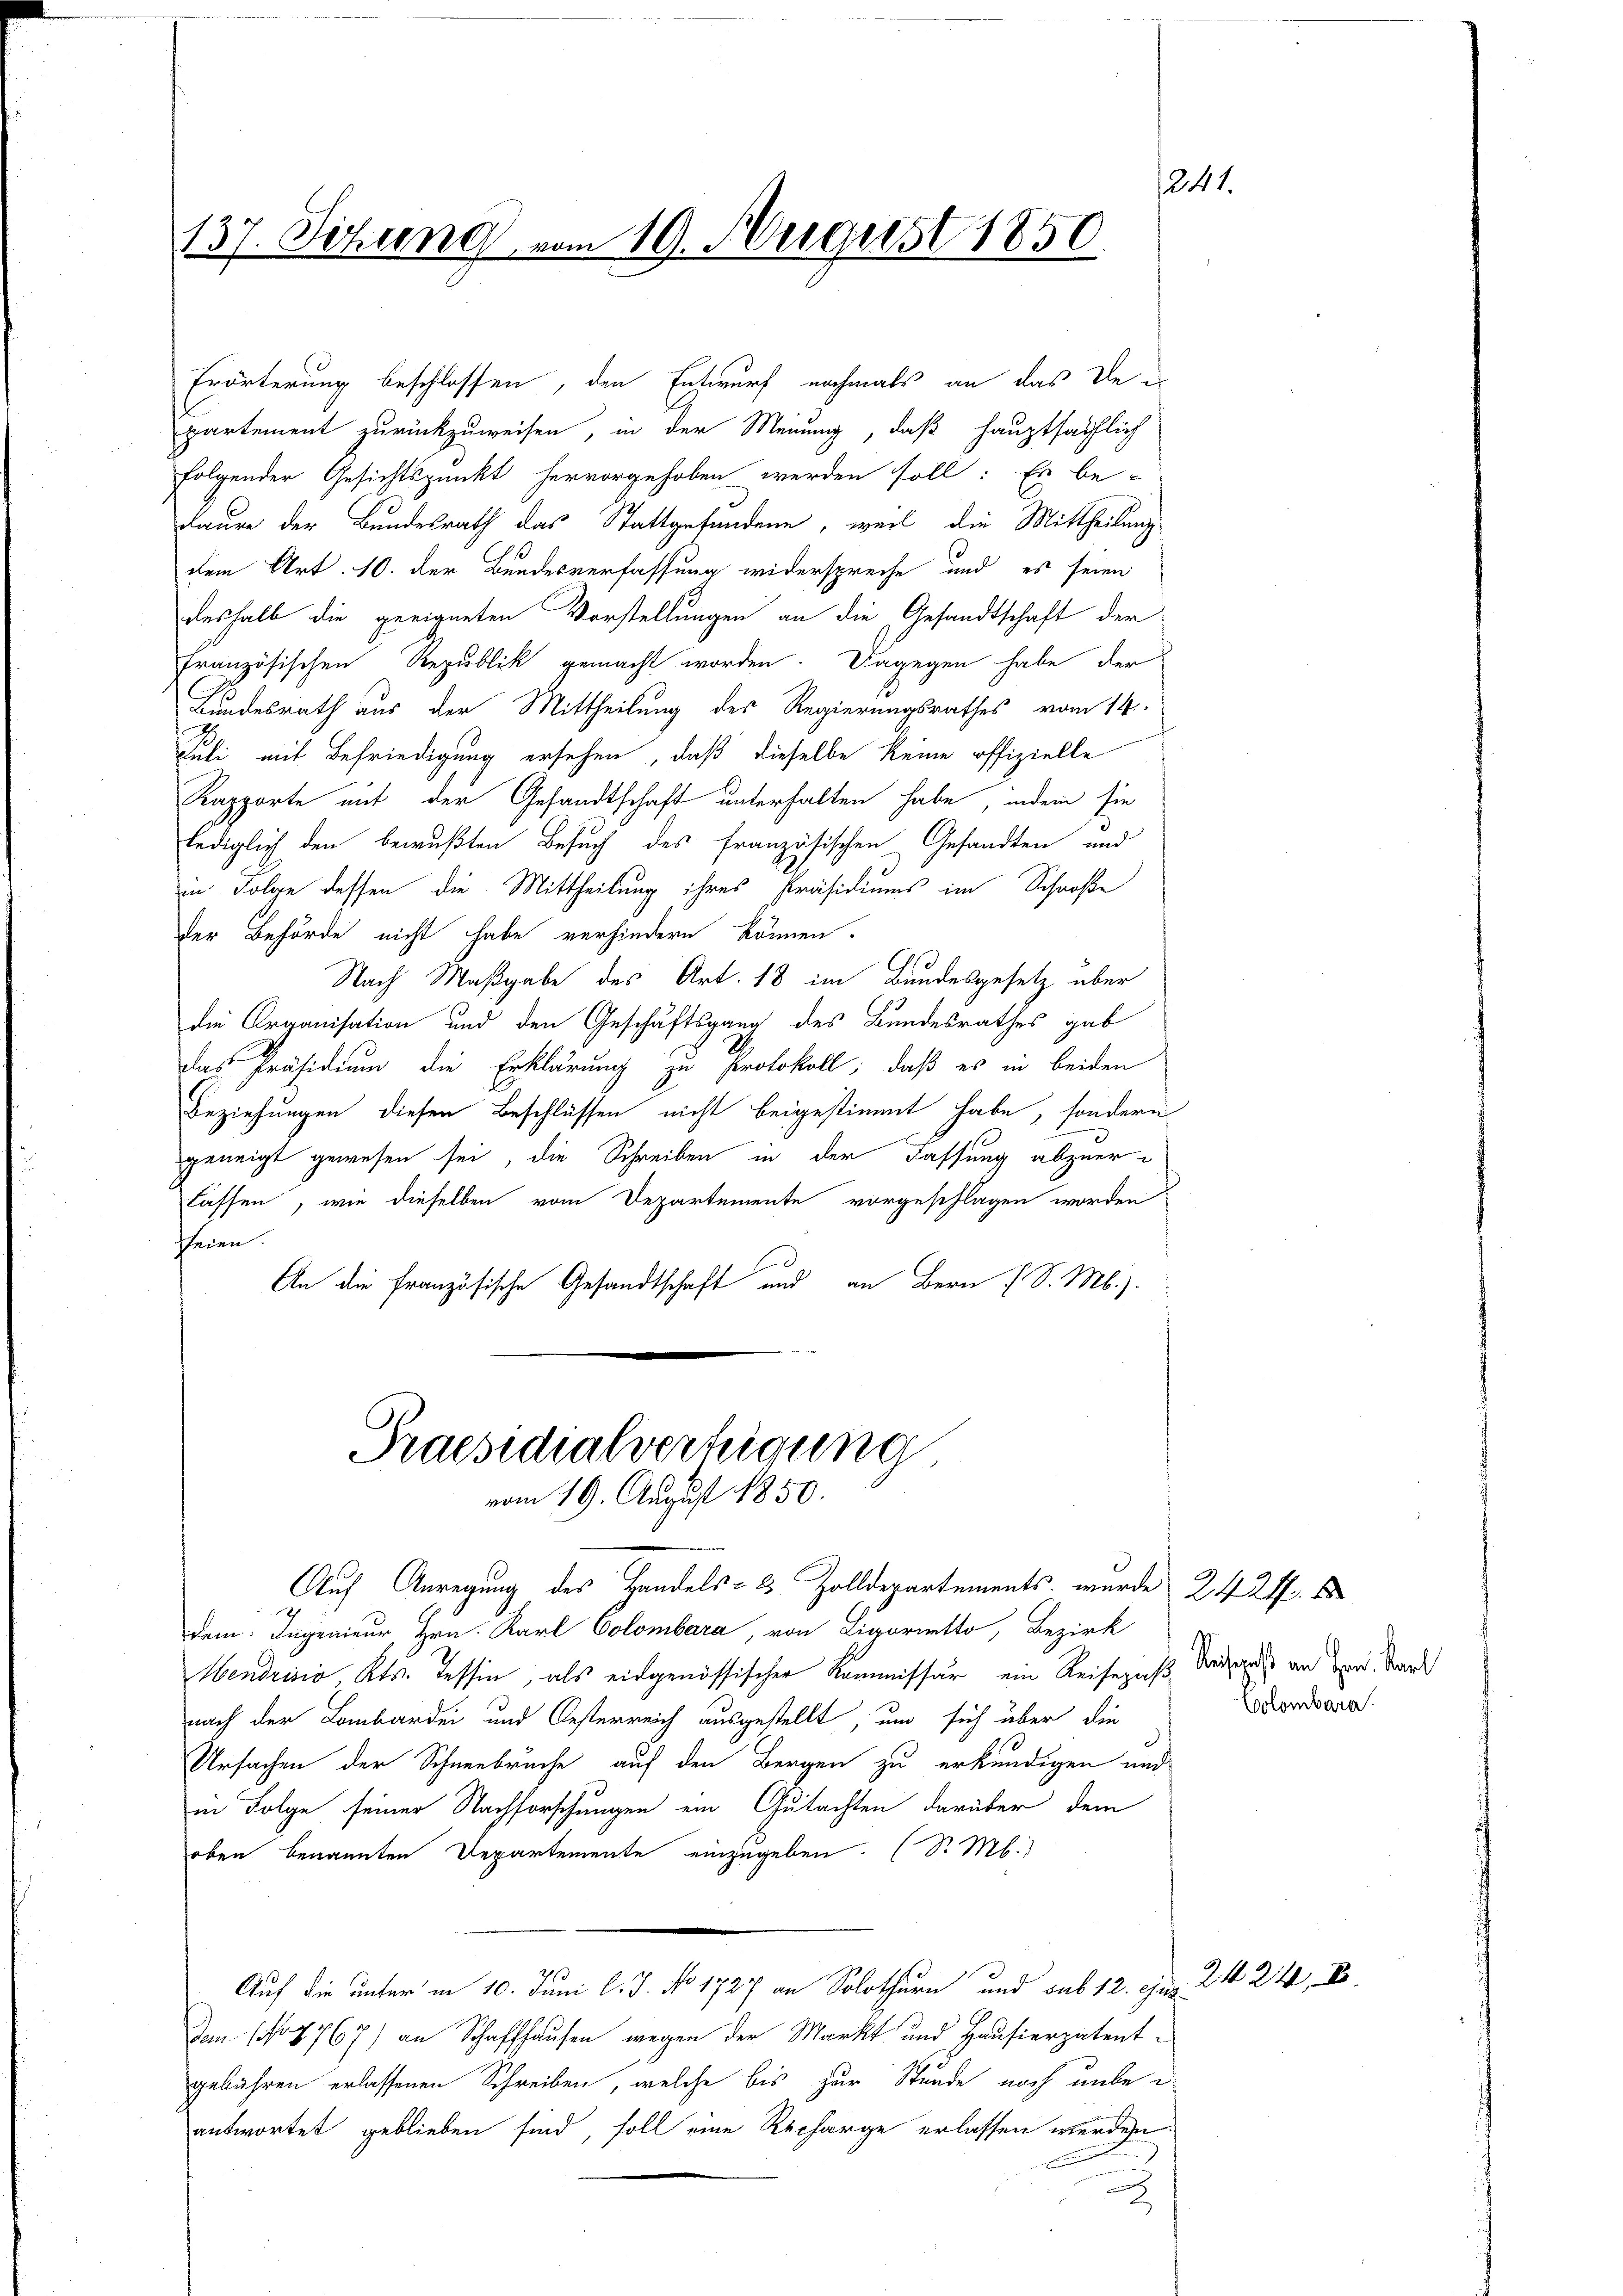
137. Sitzung vom 19. August 1850

Erörterung beschlossen, den Entwurf nochmals an das De-
partement zurückzuweisen, in der Meinung, daß hauptsächlich
folgender Gesichtspunkt hervorgehoben werden soll: Es be-
daure der Bundesrath das Stattgefundene, weil die Mittheilung
dem Art. 10. der Bundesverfassung widerspreche und es seien
deshalb die geeigneten Vorstellungen an die Gesandtschaft der
französischen Republik gemacht worden. Dagegen habe der
Bundesrath aus der Mittheilung des Regierungsrathes vom 14.
Juli mit Befriedigung ersehen, daß dieselbe keine offizielle
Kapporte mit der Gesandtschaft unterhalten habe, indem sie
lediglich den bewußten Besuch des französischen Gesandten und
in Folge dessen die Mittheilung ihres Präsidiums im Schroße
der Behörde nicht habe verhindern können.
Nach Maßgabe des Art. 18 im Bundesgesetz über
die Organisation und den Geschäftsgang des Bundesrathes gab
Das Präsidium die Erklärung zu Protokoll; daß es in beiden
Beziehungen diesen Beschlüssen nicht beigestimmt habe, sondern
geneigt gewesen sei, die Schreiben in der Fassung abzuerlassen, wie dieselben vom Departemente vorgeschlagen worden
eien.
An die Französische Gesandtschaft und an Bern (S. M.).

Praesidialvertigung
vom 19. August 1850.

Auf Anregung des Handels- 2 Zolldepartements wurde 24 21. Es

dem: Ingenieur, Hrn. Karl Colombara, von Ligorietto, Bezirk
Mendrisis Kts. Tessin, als eidgenössischer Kommissär, ein Reisepaßt Seitens an Hrn. Stand
nach der Lombarden und Oesterreich ausgestellt, um sich über die
Ursachen der Schneebruche auf den Bergen zu erkundigen und
in Folge seiner Nachforschungen ein Gutachten darüber dem
oben benannten Departemente einzugeben. (S. M.
Auf die unter in 10. Juni l. J. No 1727 an Solothurn und sub 12. ejus
Dan (Nr. 7767) an Schaffhausen wegen der Markt und Hausierpatentgebühren erlassenen Schreiben, welche bis zur Stunde noch unbee
antwortet geblieben sind, soll eine Recharge erlassen werden

e

Colombara.

2424. E